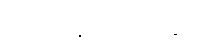
ထုတ်ပြန်ကြေညာချက်